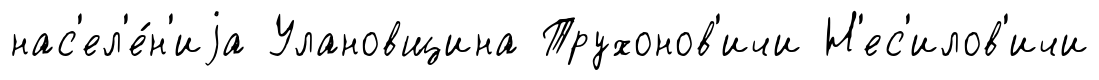
нас'ел'е́н'иjа Улановщина Трухонов'ичи Н'ес'илов'ичи